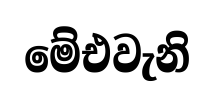
මේඑවැනි